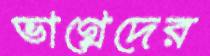
ভাগ্নেদের